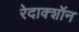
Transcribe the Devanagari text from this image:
रेदाक्शॉन